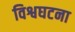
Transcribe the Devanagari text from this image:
विश्वघटना